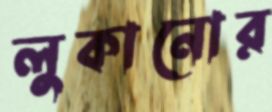
লুকানোর